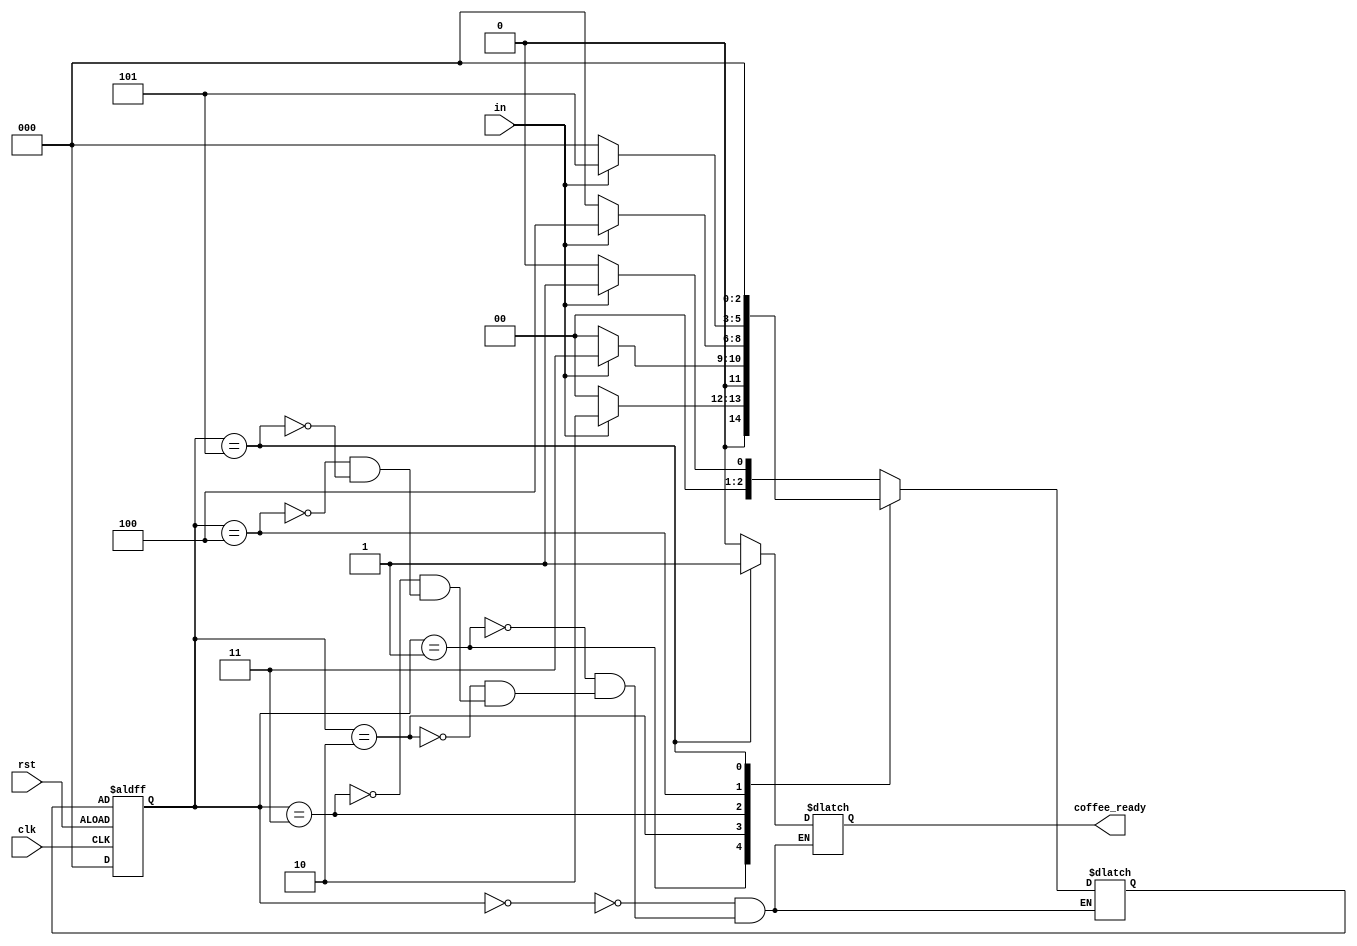
`timescale 1ns / 1ps
//////////////////////////////////////////////////////////////////////////////////
// Company: 
// Engineer: 
// 
// Design Name: 
// Module Name: Coffee_machine
// Project Name: 
// Target Devices: 
// Tool Versions: 
// Description: 
// 
// Dependencies: 
// 
// Revision:
// Revision 0.01 - File Created
// Additional Comments:
// 
//////////////////////////////////////////////////////////////////////////////////


module Coffee_machine(coffee_ready,in,clk,rst);
input in,clk,rst;
output reg coffee_ready;
parameter [2:0] press_button=3'b0,
                fill_water=3'b1,
                add_milk=3'b010,
                add_coffee=3'b011,
                add_sugar=3'b100,
                cup=3'b101;
reg [2:0] PS,NS;
reg no_water=0,no_milk=0,no_coffee=0,no_sugar=0,no_cup=0;
always @(posedge clk,negedge rst)
if(rst)
PS<=press_button;
else
PS<=NS;  
            
always @(in,PS)
case(PS)
press_button: begin
              coffee_ready<=0;
              if(in)
              NS<=fill_water;
              else
              NS<=press_button;
              end
fill_water:   begin
              coffee_ready<=0;
              if(in)
              NS<=add_milk;
              else  begin
              NS<=press_button; 
              $display($time," No water"); 
              end 
              end
add_milk:     begin
              coffee_ready<=0;
              if(in)
              NS<=add_coffee;
              else  begin
              NS<=press_button;
              $display($time," No milk powder"); 
              end
              end
add_coffee:   begin
              coffee_ready<=0;
              if(in)
              NS<=add_sugar;
              else begin
              NS<=press_button;
              $display($time," No coffee powder");
              end
              end
add_sugar:    begin
              coffee_ready<=0;
              if(in)
              NS<=cup;
              else  begin
              NS<=press_button;
              $display($time," No sugar");
              end  end
cup:          begin
              coffee_ready<=1;
              $display($time," Your coffee is ready");
              NS<=press_button;
              end
endcase
endmodule